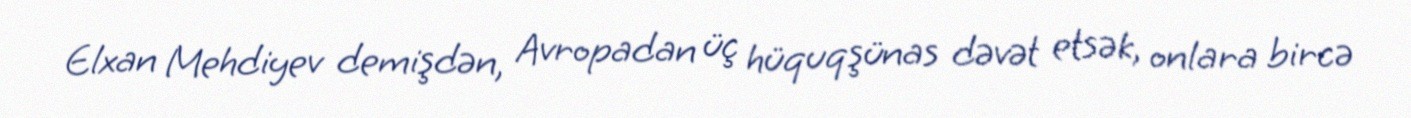
Elxan Mehdiyev demişdən, Avropadan üç hüquqşünas dəvət etsək, onlara bircə